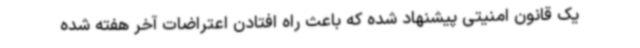
یک قانون امنیتی پیشنهاد شده که باعث راه افتادن اعتراضات آخر هفته شده